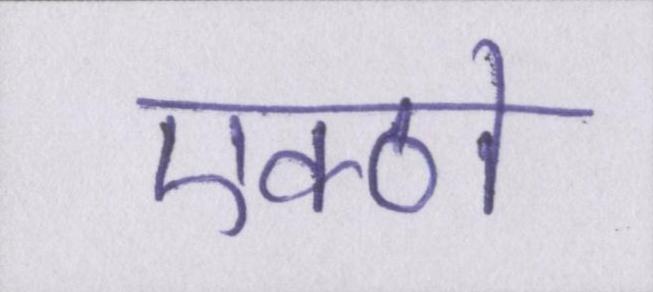
एक्ठो